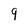
Character: 9